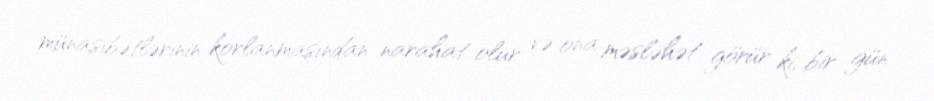
münasibətlərinin korlanmasından narahat olur və ona məsləhət görür ki, bir gün